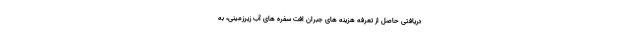
دریافتی حاصل از تعرفه هزینه های جبران افت سفره های آ‌ب زیرزمینی، به